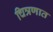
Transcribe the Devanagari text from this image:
चित्रणात